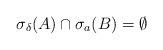
LaTeX: \begin{align*} \sigma_\delta(A) \cap \sigma_a(B) = \emptyset \end{align*}